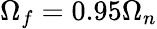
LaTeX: \Omega_{f}=0.95\Omega_{n}